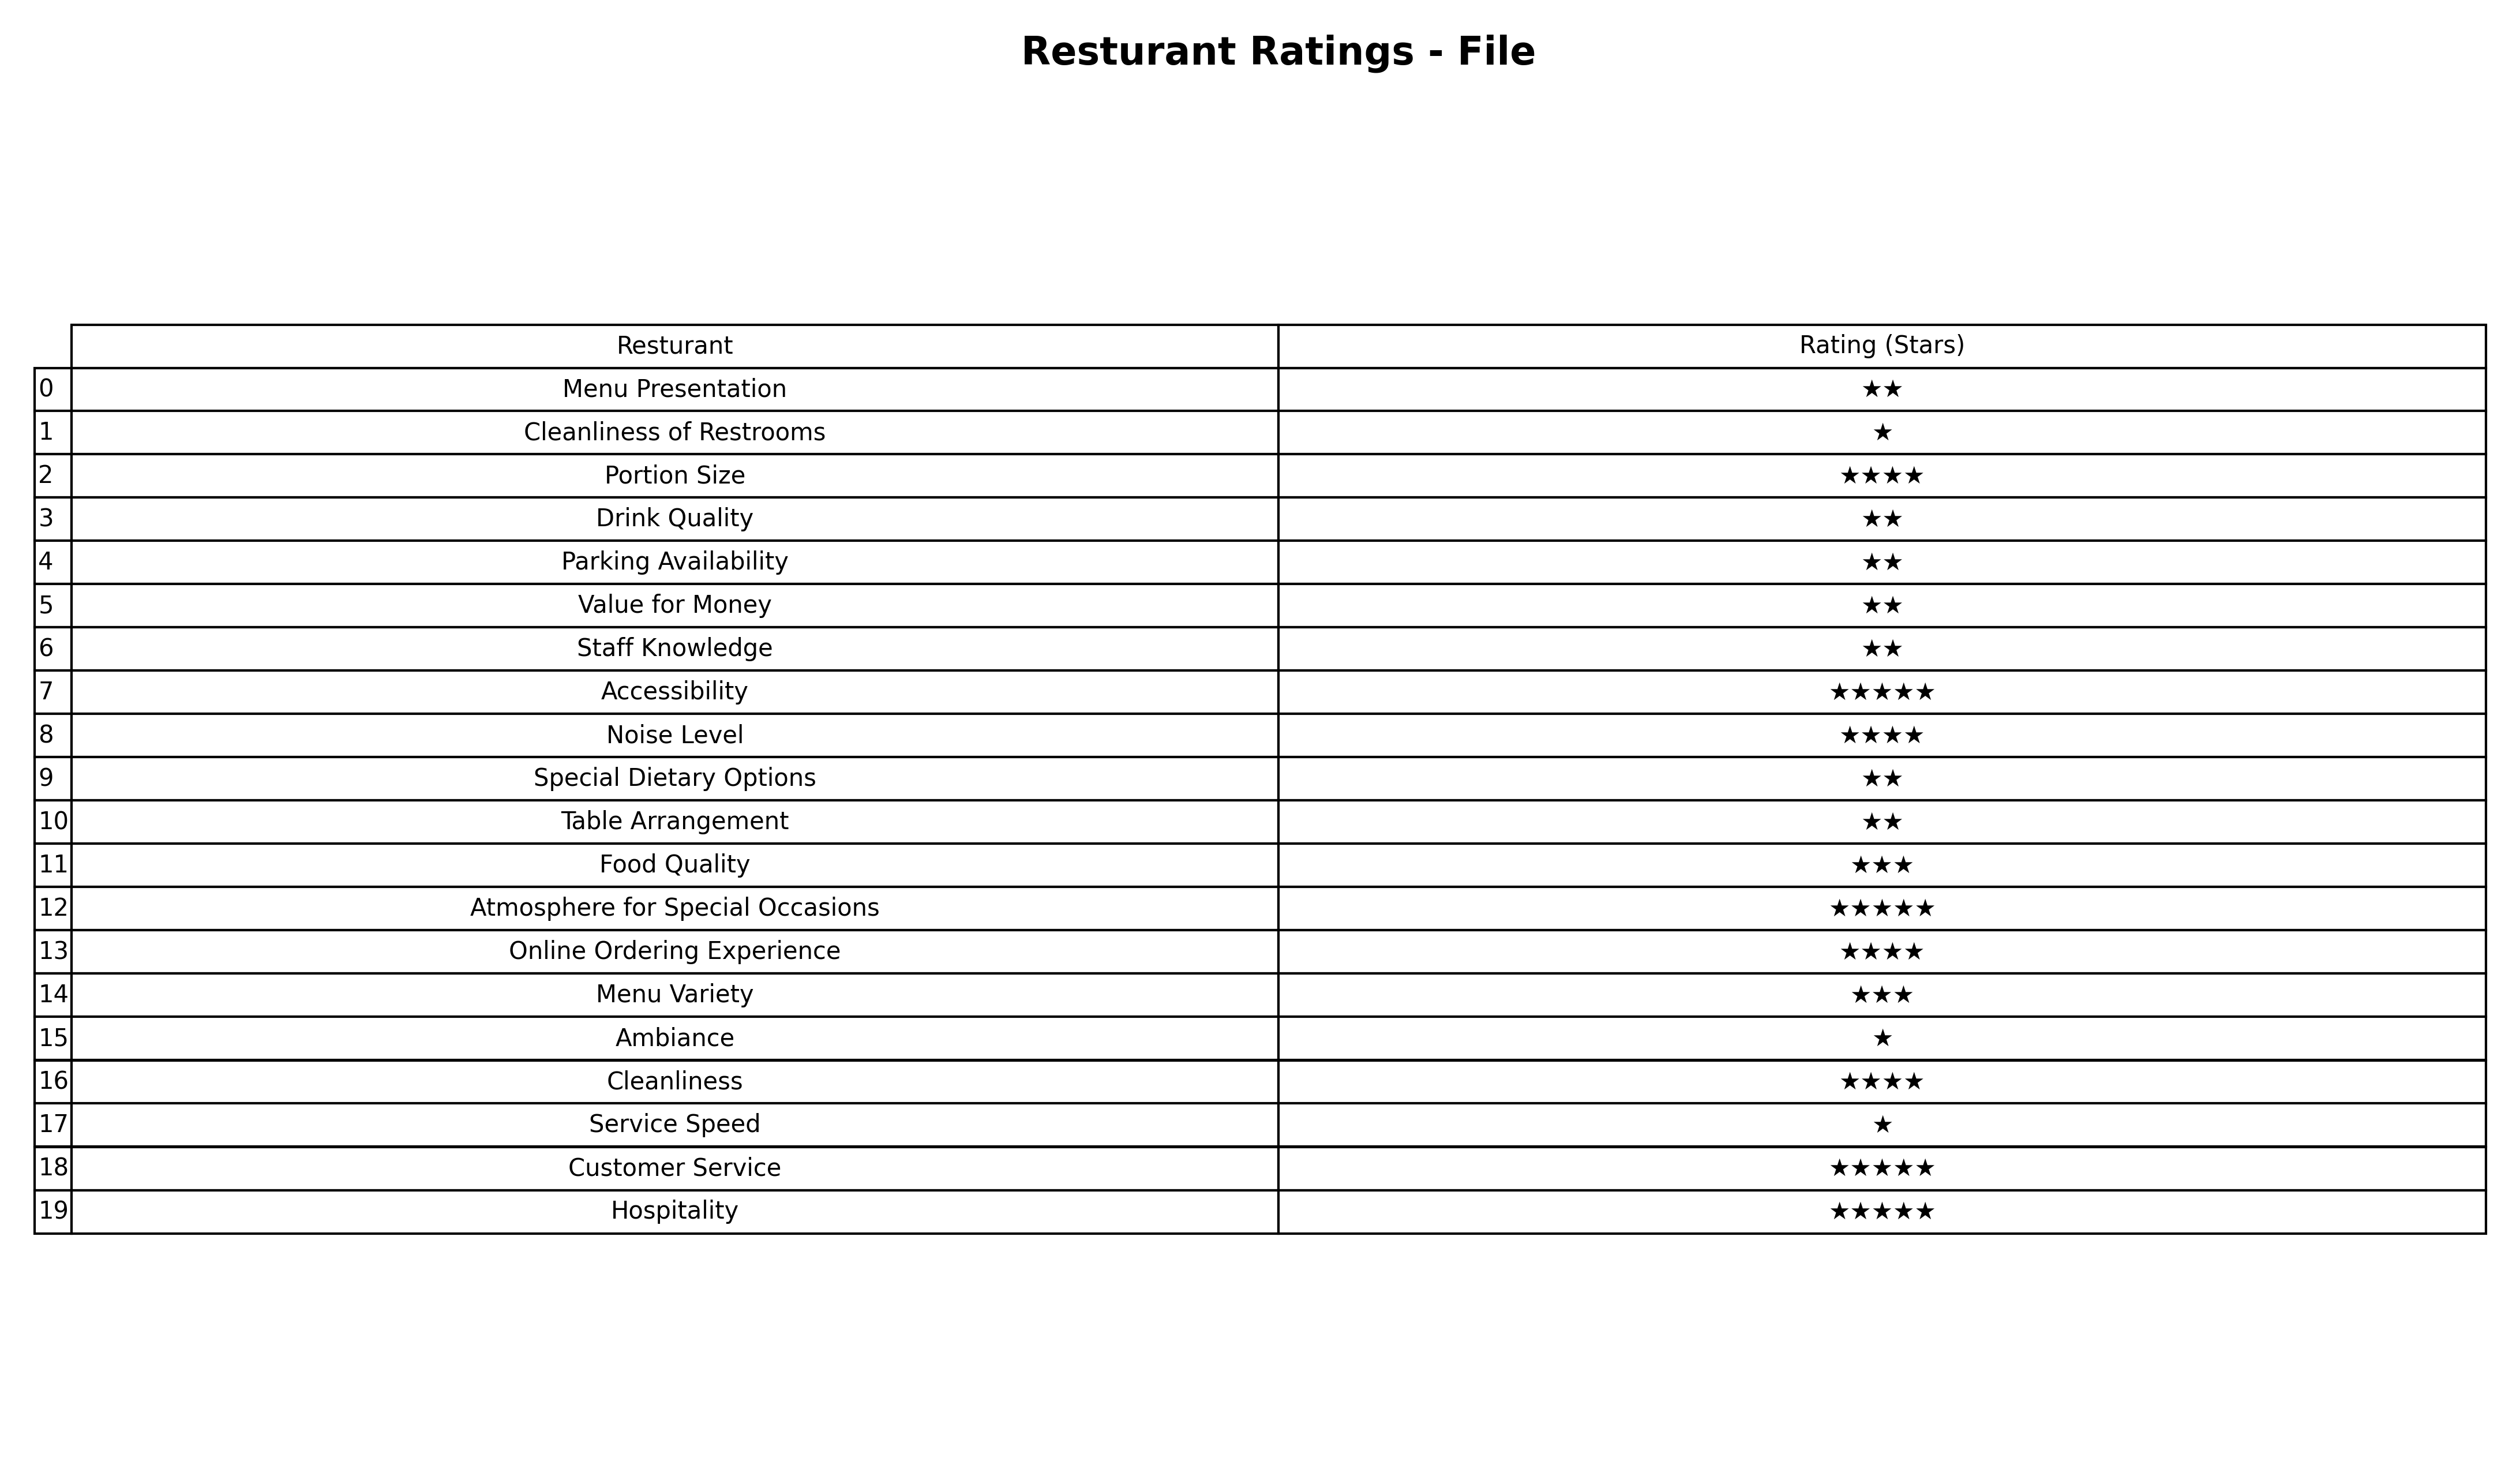
question: What are two star services?
answer: Menu PresentationDrink QualityParking AvailabilityValue for MoneyStaff KnowledgeSpecial Dietary OptionsTable Arrangement